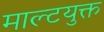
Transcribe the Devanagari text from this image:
माल्टयुक्त